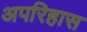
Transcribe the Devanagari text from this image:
अपरिहास